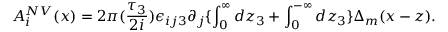
A _ { i } ^ { N V } ( x ) = 2 \pi ( \frac { \tau _ { 3 } } { 2 i } ) \epsilon _ { i j 3 } \partial _ { j } \{ \int _ { 0 } ^ { \infty } d z _ { 3 } + \int _ { 0 } ^ { - \infty } d z _ { 3 } \} \Delta _ { m } ( x - z ) .